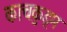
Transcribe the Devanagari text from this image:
काचकुड्म